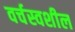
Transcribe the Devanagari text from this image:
वर्चस्वशील